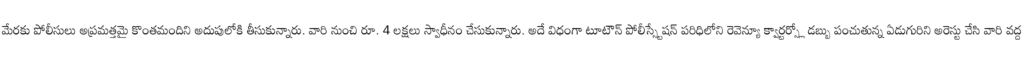
మేరకు పోలీసులు అప్రమత్తమై కొంతమందిని అదుపులోకి తీసుకున్నారు. వారి నుంచి రూ. 4 లక్షలు స్వాధీనం చేసుకున్నారు. అదే విధంగా టూటౌన్ పోలీస్స్టేషన్ పరిధిలోని రెవెన్యూ క్వార్టర్స్లో డబ్బు పంచుతున్న ఏడుగురిని అరెస్టు చేసి వారి వద్ద